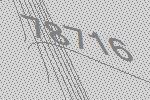
78716